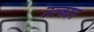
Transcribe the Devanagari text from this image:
उल्कान